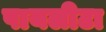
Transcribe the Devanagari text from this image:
पायलीटा